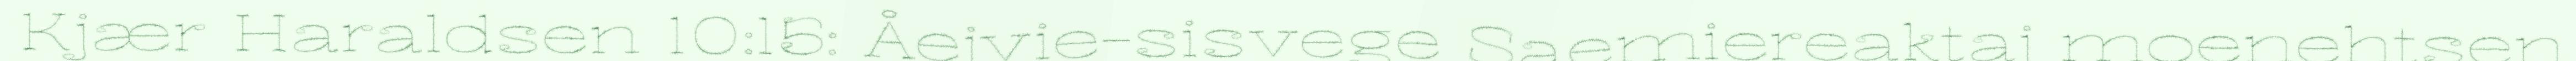
Kjær Haraldsen 10:15: Åejvie-sisvege Saemiereaktaj moenehtsen